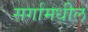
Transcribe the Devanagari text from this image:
सर्गामधील